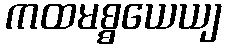
ကထမစ္စယေယျ